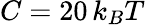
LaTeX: C=20\, k_{B}T